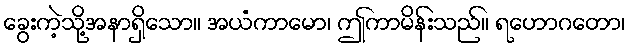
ခွေးကဲ့သို့အနာရှိသော။ အယံကာမော၊ ဤကာမိန်းသည်။ ရဟောဂတော၊